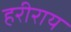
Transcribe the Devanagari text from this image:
हरीराय